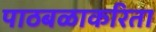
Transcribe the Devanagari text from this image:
पाठबळाकरिता